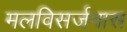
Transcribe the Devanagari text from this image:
मलविसर्जनास